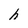
Character: h